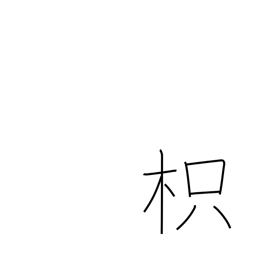
Meaning: trifoliate orange tree